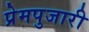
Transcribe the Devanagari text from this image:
प्रेमपुजारी